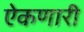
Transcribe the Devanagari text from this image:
ऐकणारी